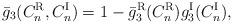
LaTeX: \begin{align*}\bar g_3(C_n^{\rm R},C_n^{\rm I}) =1-\bar g_3^{\rm R}(C_n^{\rm R})g_3^{\rm I}(C_n^{\rm I}),\end{align*}